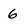
Character: 6